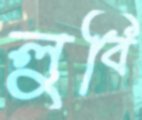
লুবি